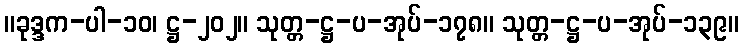
။ခုဒ္ဒက-ပါ-၁၀၊ ဋ္ဌ-၂၀၂။ သုတ္တ-ဋ္ဌ-ပ-အုပ်-၁၇၈။ သုတ္တ-ဋ္ဌ-ပ-အုပ်-၁၃၉။